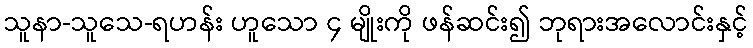
သူနာ-သူသေ-ရဟန်း ဟူသော ၄ မျိုးကို ဖန်ဆင်း၍ ဘုရားအလောင်းနှင့်